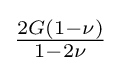
{\tfrac {2G(1-\nu )}{1-2\nu }}